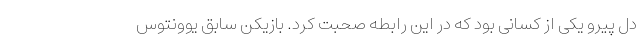
دل پیرو یکی از کسانی بود که در این رابطه صحبت کرد. بازیکن سابق یوونتوس